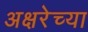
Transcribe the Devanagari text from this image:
अक्षरेच्या